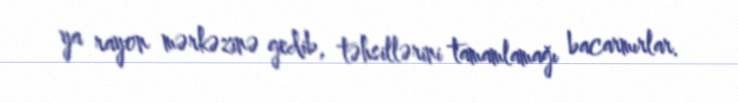
ya rayon mərkəzinə gedib, təhsillərini tamamlamağı bacarmırlar.